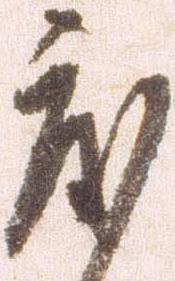
度